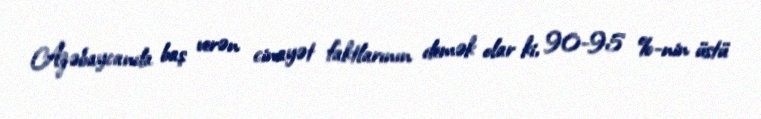
Azəbaycanda baş verən cinayət faktlarının demək olar ki, 90-95 %-nin üstü